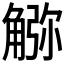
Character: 𧤆